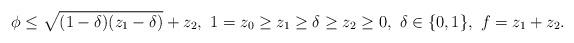
LaTeX: \begin{align*}\phi \leq \sqrt{(1-\delta)(z_1 - \delta)} +z_2,\ 1 = z_0 \geq z_1 \geq \delta \geq z_2 \geq 0,\ \delta \in \{0,1\}, \ f = z_1 +z_2.\end{align*}